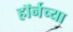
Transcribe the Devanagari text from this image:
हाॅर्नच्या